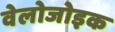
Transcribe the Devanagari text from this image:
वेलोजोइक